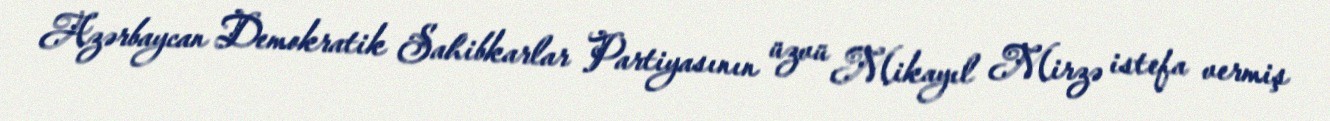
Azərbaycan Demokratik Sahibkarlar Partiyasının üzvü Mikayıl Mirzə istefa vermiş